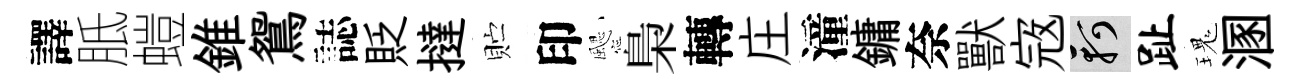
譯胝螘錐鴛誌貶撻贮印颸梟轉庄潼鏞奈獸𡨥軻趾瑰溷